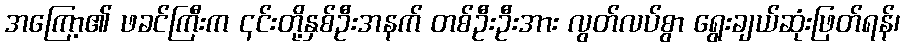
အကြော့၏ ဖခင်ကြီးက ၎င်းတို့နှစ်ဦးအနက် တစ်ဦးဦးအား လွတ်လပ်စွာ ရွေးချယ်ဆုံးဖြတ်ရန်၊